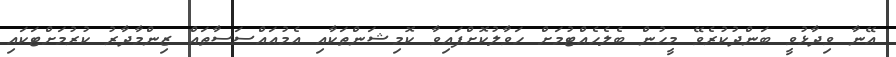
އޭނާ ވިދާޅުވީ ބަންދުކުރެވޭ މީހުން ބެލެހެއްޓުމަށް ހަވާލުކޮށްފައިވާ ކޮމިޝަންތަކާއި އެމުއައްސަސާތައް ޒިންމާދާރު ކުރުމަށްޓަކައި